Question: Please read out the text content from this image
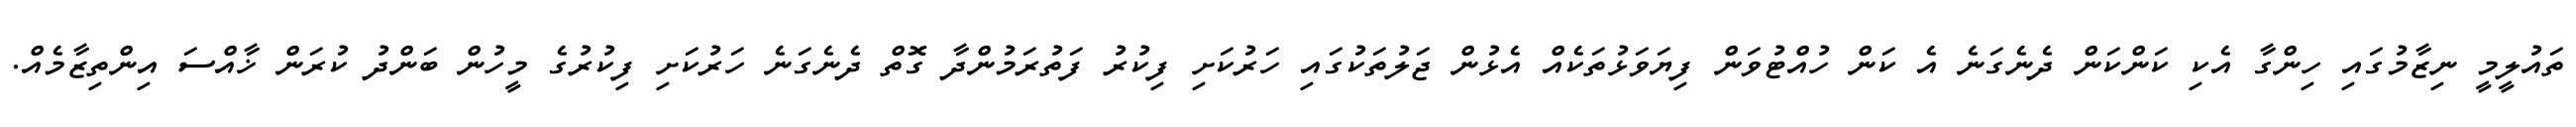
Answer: ތައުލީމީ ނިޒާމުގައި ހިންގާ އެކި ކަންކަން ދެނެގަނެ އެ ކަން ހުއްޓުވަން ފިޔަވަޅުތަކެއް އެޅުން ޖަލުތަކުގައި ހަރުކަށި ފިކުރު ފަތުރަމުންދާ ގޮތް ދެނެގަނެ ހަރުކަށި ފިކުރުގެ މީހުން ބަންދު ކުރަން ޚާއްސަ އިންތިޒާމެއް.